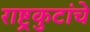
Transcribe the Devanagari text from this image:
राष्ट्रकुटांचे